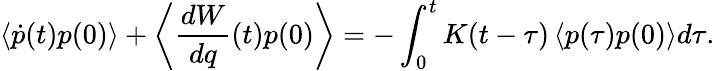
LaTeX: \left\langle\dot{p}(t)p(0)\right\rangle+\left\langle\frac{dW}{dq}(t)p(0)\right\rangle=-\int_{0}^{t}K(t-\tau)\left\langle p(\tau)p(0)\right\rangle d\tau.